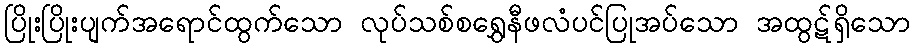
ပြိုးပြိုးပျက်အရောင်ထွက်သော လုပ်သစ်စရွှေနီဖလံပင်ပြုအပ်သော အထွဋ်ရှိသော